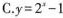
C.$$y=2^x-1$$